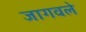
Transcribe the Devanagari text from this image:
जागवले